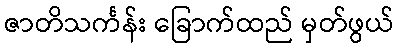
ဇာတိသင်္ကန်း ခြောက်ထည် မှတ်ဖွယ်